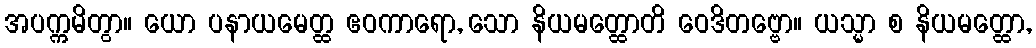
အပက္ကမိတွာ။ ယော ပနာယမေတ္ထ ဧဝကာရော, သော နိယမတ္ထောတိ ဝေဒိတဗ္ဗော။ ယသ္မာ စ နိယမတ္ထော,